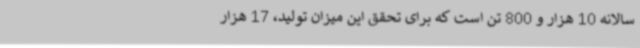
سالانه 10 هزار و 800 تن است که برای تحقق این میزان تولید، 17 هزار